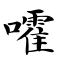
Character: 嚯